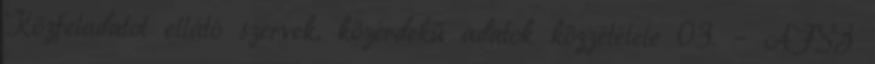
Közfeladatot ellátó szervek, közérdekű adatok közzététele 03. – ÁFSZ